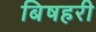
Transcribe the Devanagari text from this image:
बिषहरी